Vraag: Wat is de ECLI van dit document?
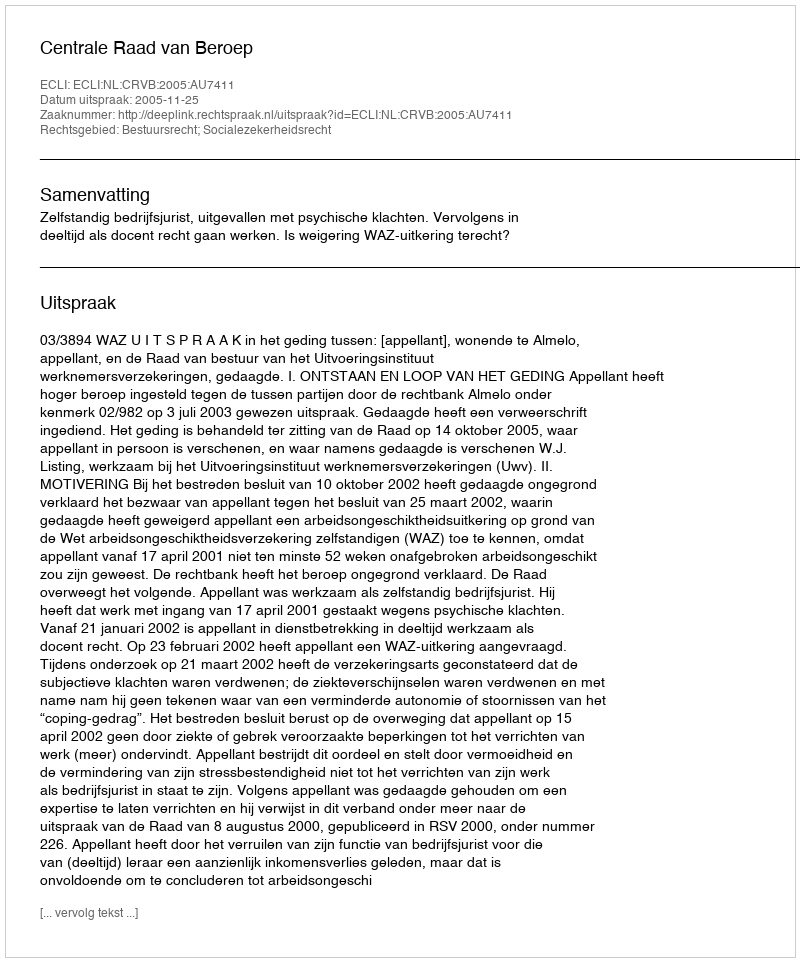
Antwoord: ECLI:NL:CRVB:2005:AU7411